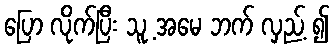
ပြော လိုက်ပြီး သူ့ အမေ ဘက် လှည့် ၍